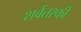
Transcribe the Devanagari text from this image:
शर्बतस्की